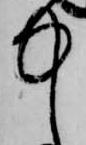
中